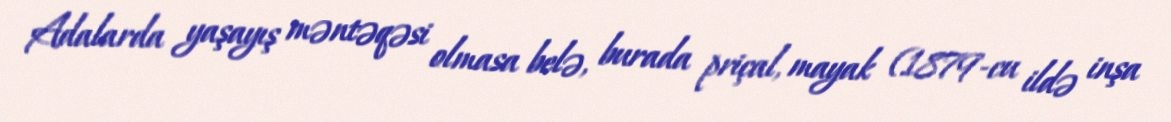
Adalarda yaşayış məntəqəsi olmasa belə, burada priçal, mayak (1879-cu ildə inşa